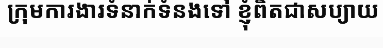
ក្រុមការងារទំនាក់ទំនងទៅ ខ្ញុំពិតជាសប្យាយ